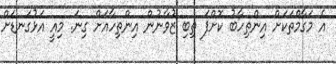
އެ މަގާމްތަކަށް އިންތިހާބު ކޮށްފަ ތިބި ޒުވާނުން އިންތިހާއަށް ގިނަ. މިއީ އަޅުގަނޑަށް